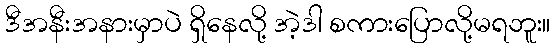
ဒီအနီးအနားမှာပဲ ရှိနေလို့ အဲ့ဒါ စကားပြောလို့မရဘူး။